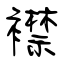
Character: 襟